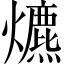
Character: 爊